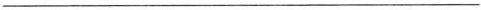
___